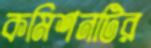
কমিশনটির